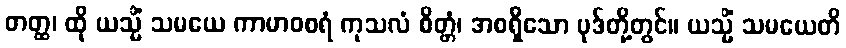
တတ္ထ၊ ထို ယသ္မိံ သမယေ ကာမာဝစရံ ကုသလံ စိတ္တံ၊ အစရှိသော ပုဒ်တို့တွင်။ ယသ္မိံ သမယေတိ